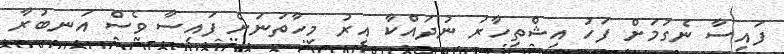
ފައިސާ ނެގުމަށް ފަހު އިޝްތިހާރު ނުދައްކާ އިރު މިހާތަނަށް ފައިސާ ވެސް އަނބުރާ